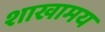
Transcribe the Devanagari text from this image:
शाखामय